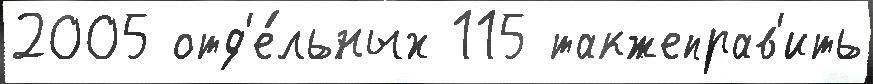
2005 отд'е́льных 115 такжеправ'ить